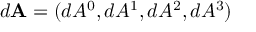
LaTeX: \kappa = 0 . 3 7 4 6 4 + 1 . 5 4 2 2 6 \; \omega - 0 . 2 6 9 9 2 \; \omega ^ { 2 }